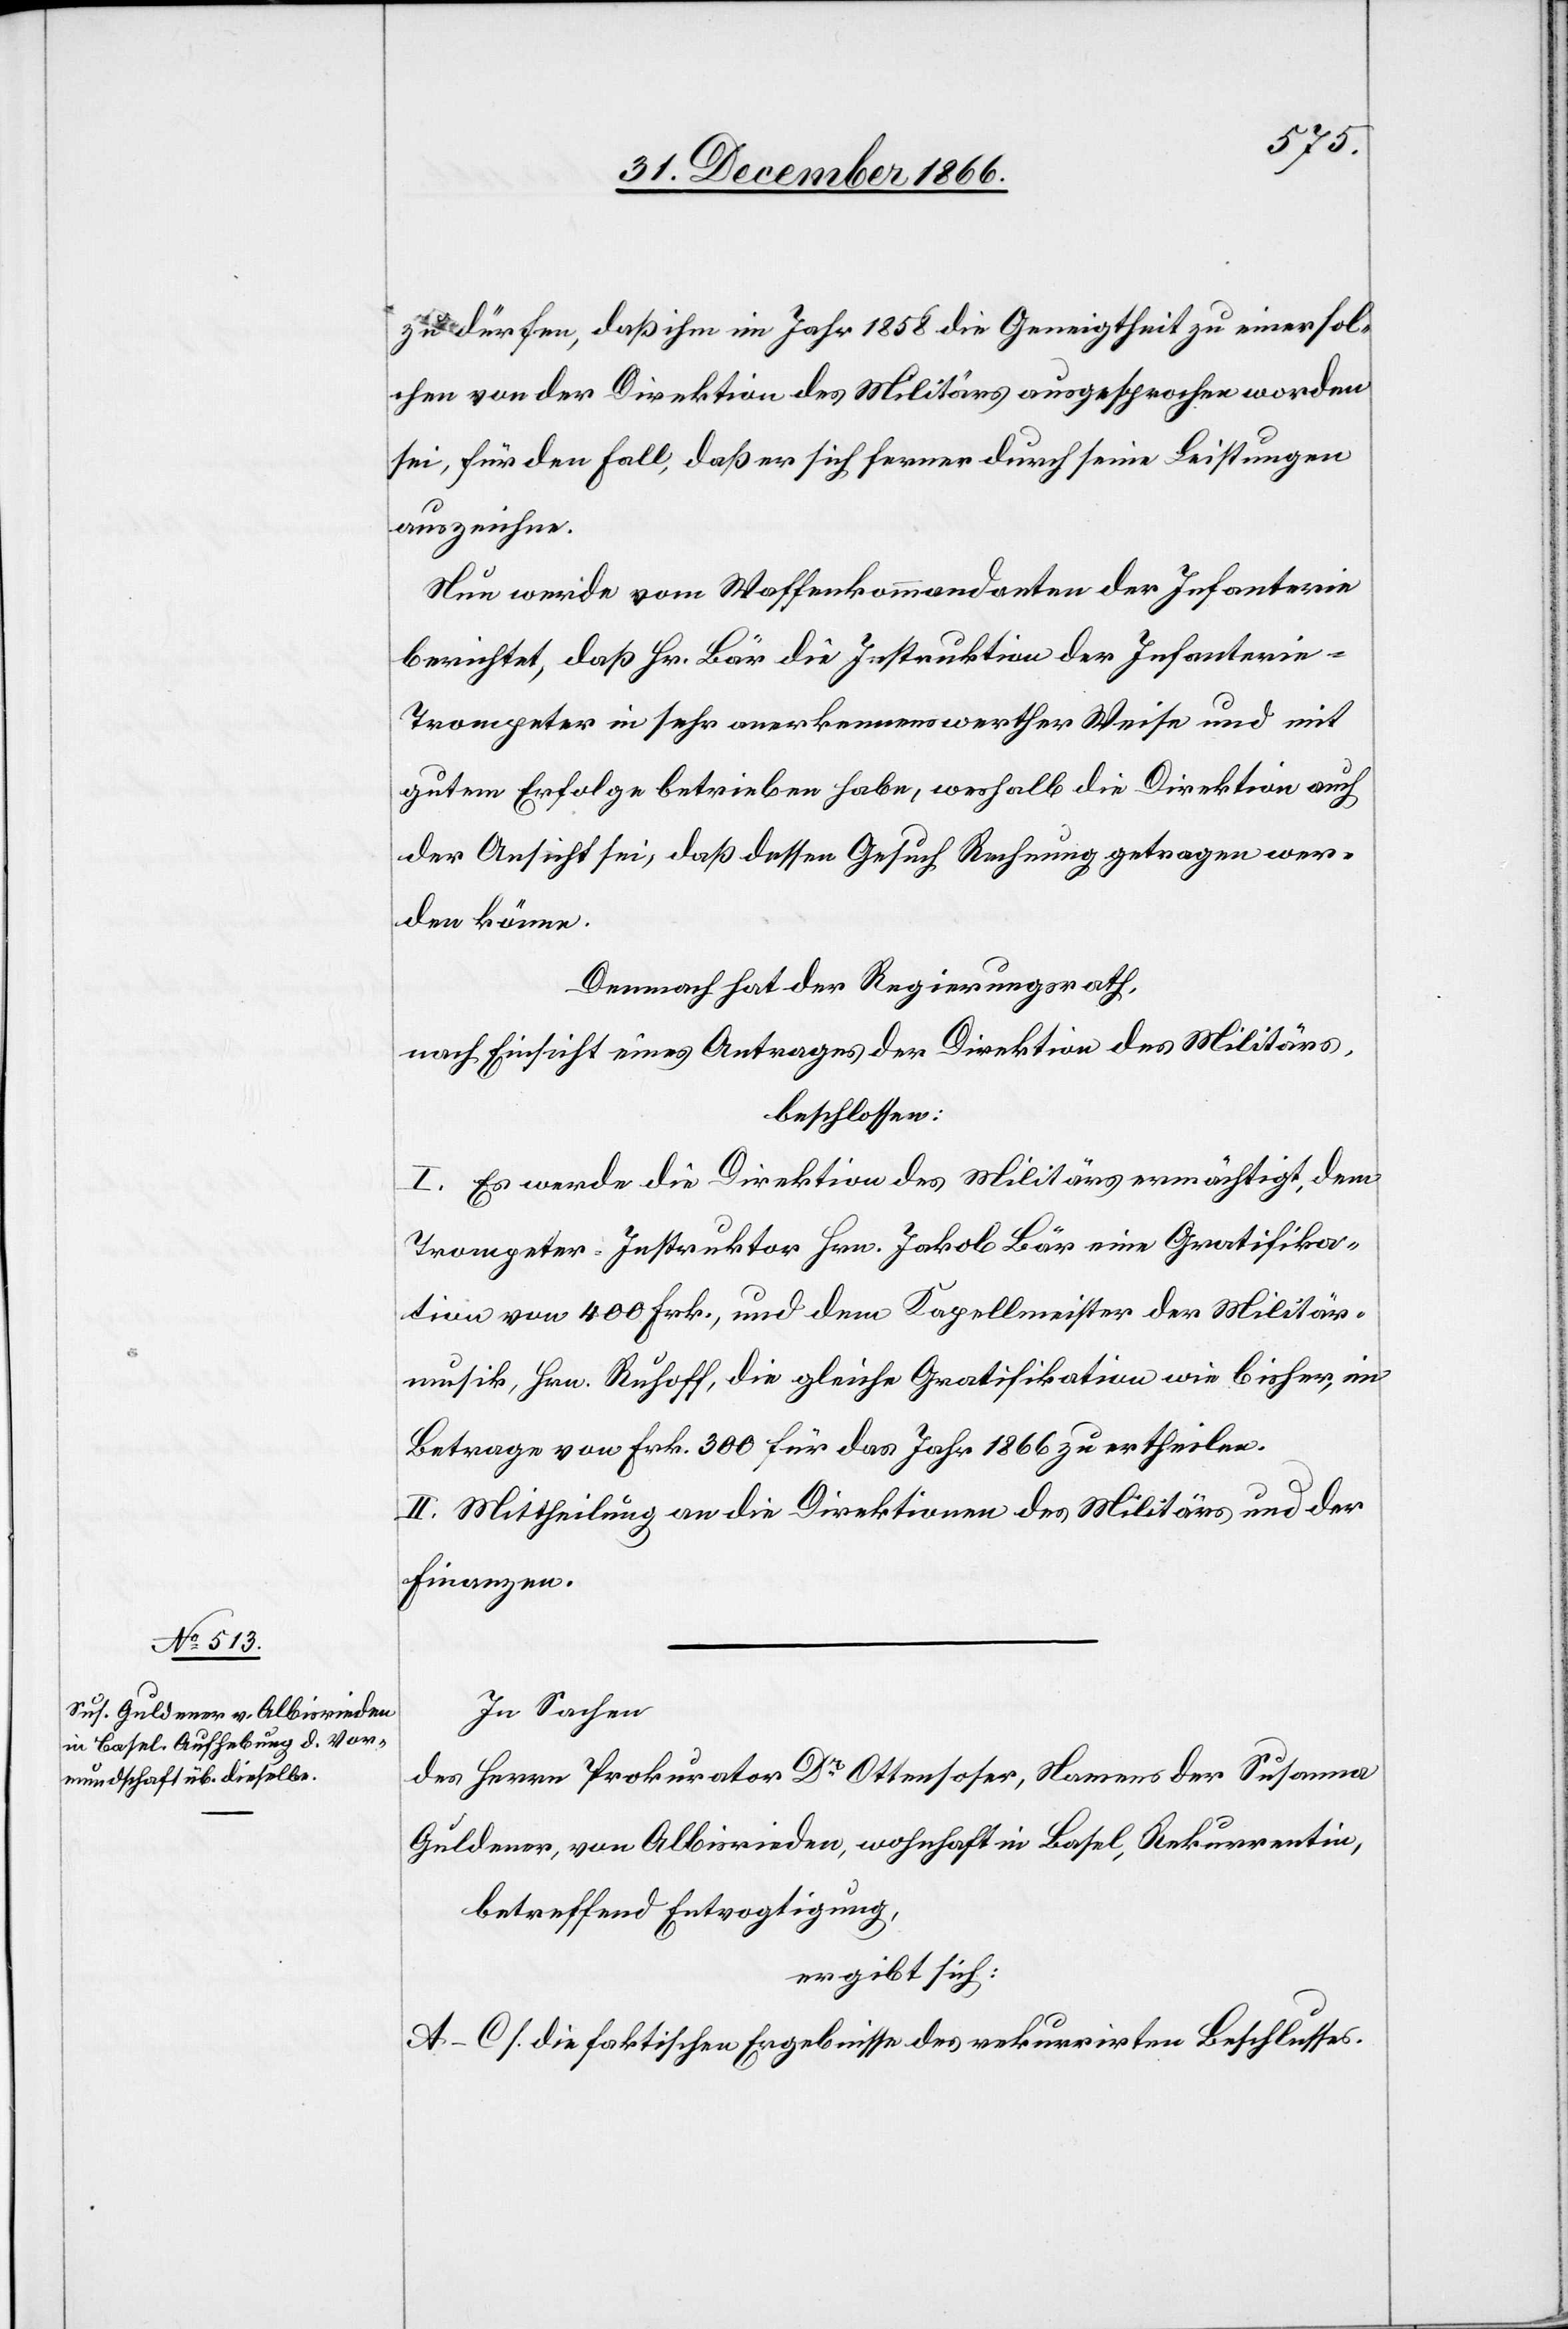
zu dürfen, daß ihm im Jahr 1858 die Geneigtheit zu einer sol¬
chen von der Direktion des Militärs ausgesprochen worden
sei, für den Fall, daß er sich ferner durch seine Leitungen
auszeichne.
Nun werde vom Waffenkommandanten der Infanterie
berichtet, daß Hr. Bär die Instruktion der Infanterie-T¬
rompeter in sehr anerkennenswerther Weise und mit
gutem Erfolge betrieben habe, weshalb die Direktion auch
der Ansicht sei, daß dessen Gesuch Rechnung getragen wer¬
den könne.
Demnach hat der Regierungsrath,
nach Einsicht eines Antrages der Direktion des Militärs,
beschlossen:
I. Es werde die Direktion des Militärs ermächtigt, dem
Trompeter-Instruktor Hrn. Jakob Bär eine Gratifika¬
tion von 400 Frk., und dem Kapellmeister der Militär¬
musik, Hrn. Ruhoff, die gleiche Gratifikation wie bisher, im
Betrage von Frk. 300 für das Jahr 1866 zu ertheilen.
II. Mittheilung an die Direktionen des Militärs und der
Finanzen.
In Sachen
des Herrn Prokurator Dr. Ottensoser, Namens der Susanna
Guldener, von Albisrieden, wohnhaft in Basel, Rekurrentin,
betreffend Entvogtigung,
ergibt sich:
A–C. s. die faktischen Ergebnisse des rekurrirten Beschlusses.